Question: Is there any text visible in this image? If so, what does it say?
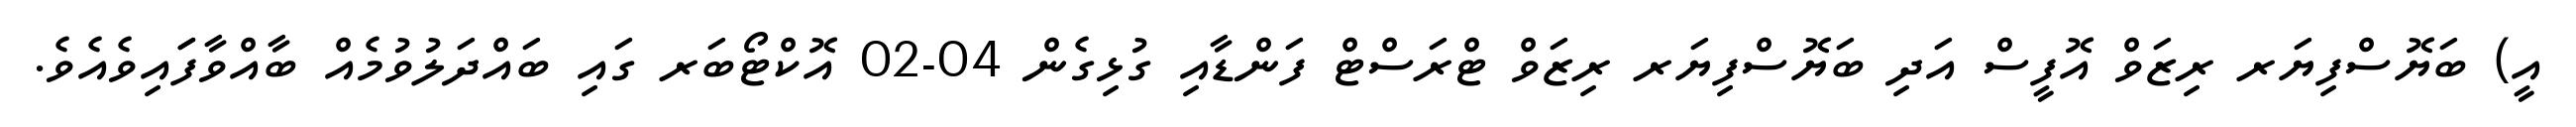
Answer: އީ) ބަޔޮސްފިޔަރ ރިޒަވް އޮފީސް އަދި ބަޔޮސްފިޔަރ ރިޒަވް ޓްރަސްޓް ފަންޑާއި ގުޅިގެން 04-02 އޮކްޓޯބަރ ގައި ބައްދަލުވުމެއް ބާއްވާފަައިވެއެވެ.